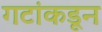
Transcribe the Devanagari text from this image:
गटांकडून